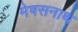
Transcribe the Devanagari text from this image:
मेषसनाथ